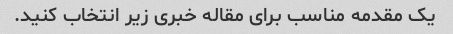
یک مقدمه مناسب برای مقاله خبری زیر انتخاب کنید.